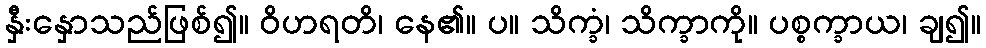
နှီးနှောသည်ဖြစ်၍။ ဝိဟရတိ၊ နေ၏။ ပ။ သိက္ခံ၊ သိက္ခာကို။ ပစ္စက္ခာယ၊ ချ၍။